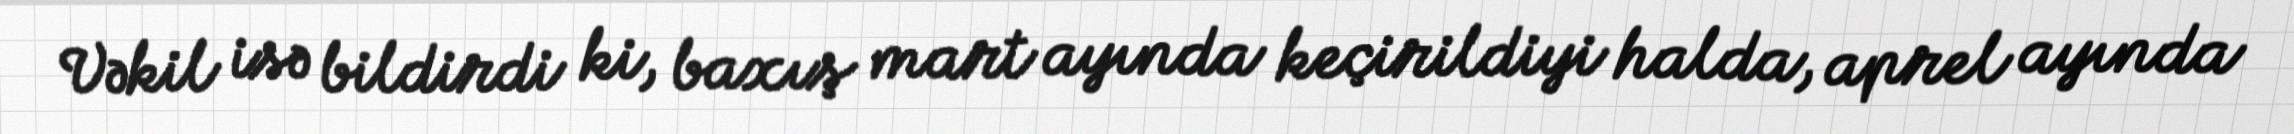
Vəkil isə bildirdi ki, baxış mart ayında keçirildiyi halda, aprel ayında